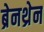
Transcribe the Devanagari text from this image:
ब्रेनथ्रेन